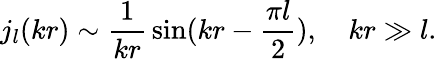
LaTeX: j_{l}(kr)\sim\frac{1}{kr}\, \sin(kr-\frac{\pi l}{2}),\quad kr\gg l.